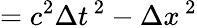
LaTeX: =c^{2}\Delta t^{\, 2}-\Delta x^{\, 2}